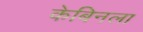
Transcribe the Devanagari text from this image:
केबिनला